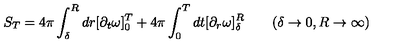
S _ { T } = 4 \pi \int _ { \delta } ^ { R } d r [ \partial _ { t } \omega ] _ { 0 } ^ { T } + 4 \pi \int _ { 0 } ^ { T } d t [ \partial _ { r } \omega ] _ { \delta } ^ { R } \qquad ( \delta \rightarrow 0 , R \rightarrow \infty )